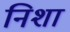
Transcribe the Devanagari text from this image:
निशा